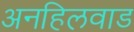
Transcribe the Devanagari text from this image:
अनहिलवाड